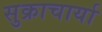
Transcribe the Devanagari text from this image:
सुक्राचार्या